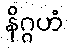
နိဂ္ဂဟံ